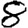
Digit: 8